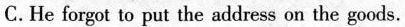
C. He forgot to put the address on the goods.